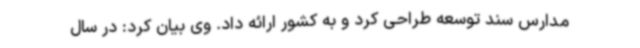
مدارس سند توسعه طراحی کرد و به کشور ارائه داد. وی بیان کرد: در سال